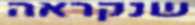
שנקראה